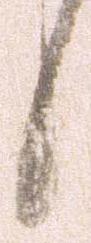
候